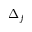
\Delta _ { f }